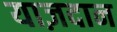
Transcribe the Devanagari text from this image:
याज़दान